Sketch of the medical history of the native army of Bombay, for the year
Year: 1872
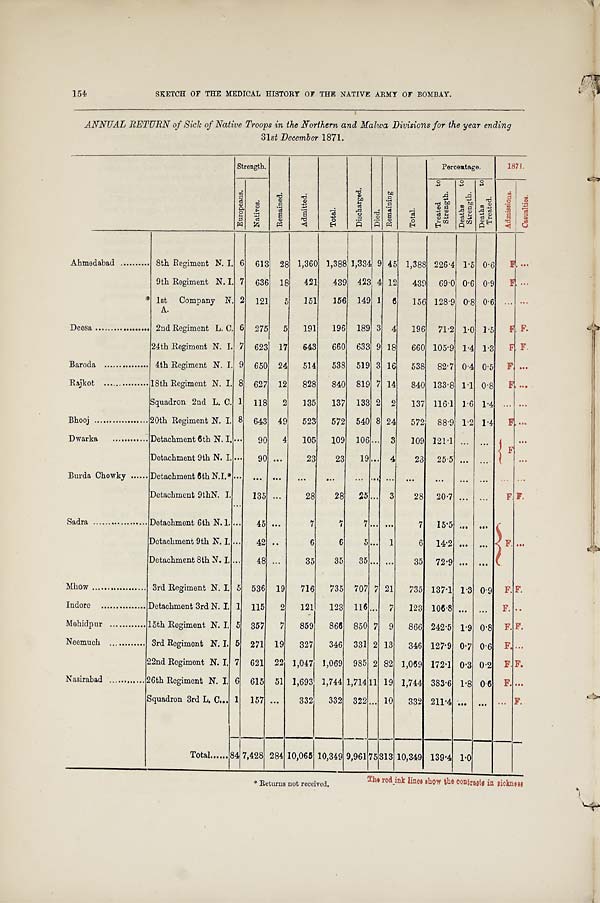
154
SKETCH OF THE MEDICAL HISTORY OF THE NATIVE ARMY OF BOMBAY.
ANNUAL RETURN of Sick of Native Troops in the Northern and Malwa Divisions for the year ending
31 st December 1871.
Strength.
Re ma i ne d.
Admi t t ed.
Tot al .
Di s c h a r g e d .
Di ed.
Re ma i ni ng
Tot al .
Percentage.
1871.
E u r o p e a n s .
Na t i ve s .
T r e a t e d t o S t r e n g t h .
De a t hs t o St r e ngt h.
D e a t h s t o T r e a t e d .
A d m i s s i o n s . Cas ual t i es .
Ahmedabad
8th Regiment N. I. 6 613 28 1,360 1,388 1,334 9 45 1,388 226.4 1.5 0.6
F. ...
9th Regiment N. I. 7 636 18
421
439 423 4 12
439 69.0 0.6 0.9
F ...
*
1st Company N.
A.
2 121
5
151
156 149 1 6
156 128.9 0.8 0.6
. . .
...
Deesa
2nd Regiment L. C. 6 275
5
191
196 189 3 4
196 71.2 1.0 1.5
F. F.
24th Regiment N. I. 7 623 17
643
660 633 9 18
660 105.9 1.4 1.3
F. F.
Baroda
4th Regiment N. I. 9 650 24
514
538 519 3 16
538 82.7 0.4 0.5 F. ...
Rajkot
18th Regiment N. I. 8 627 12
828
840 819 7 14
840 133.8 1.1 0.8
F . ...
Squadron 2nd L. C. 1 118
2
135
137 133 2 2
137 116.1 1.6 1.4
. . . ...
Bhooj
20th Regiment N. I. 8 643 49
523
572 540 8 24
572 88.9 1.2 1.4
F . ...
Dwarka
Detachment 6th N. I. . . . 90
4
105
109 106 . . . 3
109 121.1 ... ...
F .
...
Detachment 9th N. I. . . . 90 ...
23
23
19 . . . 4
23 25.5 ... ...
...
Burda Chowky
Detachment 6th N.I.* ... ... ...
...
...
... ... ... ...
...
. . . ...
. . .
...
Detachment 9thN. I.
. . .
135 ...
28
28
25 ... 3
28 20.7 . . . ...
F. F.
Sadra
Detachment 6th N.I. . . . 45 ...
7
7
7 ... ...
7
15.5 ... ...
F. ...
Detachment 9th N. I. ...
42 ..
6
6
5 ... 1
6 14.2 ... ...
Detachment 8th N. I. ...
48 ...
35
35
35 ... ...
35 72.9 ... ...
Mhow
3rd Regiment N. I. 5 536 19
716
735 707 7 21
735 137.1 1.3 0.9 F. F.
Indore
Detachment 3rd N. I. 1 115
2
121
123 116 . . . 7
123 106.8 ... ...
F. ..
Mehidpur
15th Regiment N. I.
5 357
7
859
866 850 7 9
866 242.5 1.9 0.8 F. F.
Neemuch
3rd Regiment N. I. 5 271 19
327
346 331 2 13
346 127.9 0.7 0.6 F. ...
22nd Regiment N. I. 7 621 22 1,047 1,069 985 2 82 1,069 172.1 0.3 0.2
F . F.
Nasirabad
26th Regiment N. I. 6 615 51 1,693 1,744 1,714 11 19 1,744 383.6 1.8 0.6
F . ...
Squadron 3rd L. C
1
157 ...
332
332 322
. . .
10
332 211.4 ... ...
. . .
F.
Total
8 4
7,428 284 10,065 10,349 9,961 75 313 10,349 139.4 1.0
The red ink lines show the contrasts in sicknees
* Returns not received.